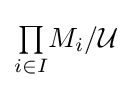
{\textstyle \prod \limits _{i\in I}}M_{i}/{\mathcal {U}}